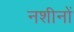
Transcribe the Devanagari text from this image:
नशीनों